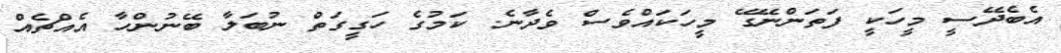
އެބެދޭސީ މީހަކީ ފަތަންނޭގޭ މީހަކައްވެސް ވެދާނެ. ކަމުގެ ހަގީގަތް ނުބަލާ ބޭނުންހާ އެއްޗެއް